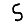
Digit: 5